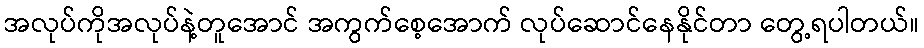
အလုပ်ကိုအလုပ်နဲ့တူအောင် အကွက်စေ့အောက် လုပ်ဆောင်နေနိုင်တာ တွေ့ရပါတယ်။